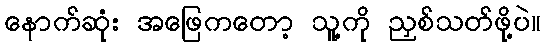
နောက်ဆုံး အဖြေကတော့ သူ့ကို ညှစ်သတ်ဖို့ပဲ။